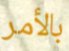
بالأمر